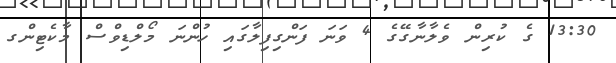
13:30 ގެ ކުރިން ވެލާނާގޭގެ 4 ވަނަ ފަންގިފިލާގައި ހުންނަ މޯލްޑިވްސް މާކެޓިންގ